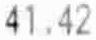
41.42